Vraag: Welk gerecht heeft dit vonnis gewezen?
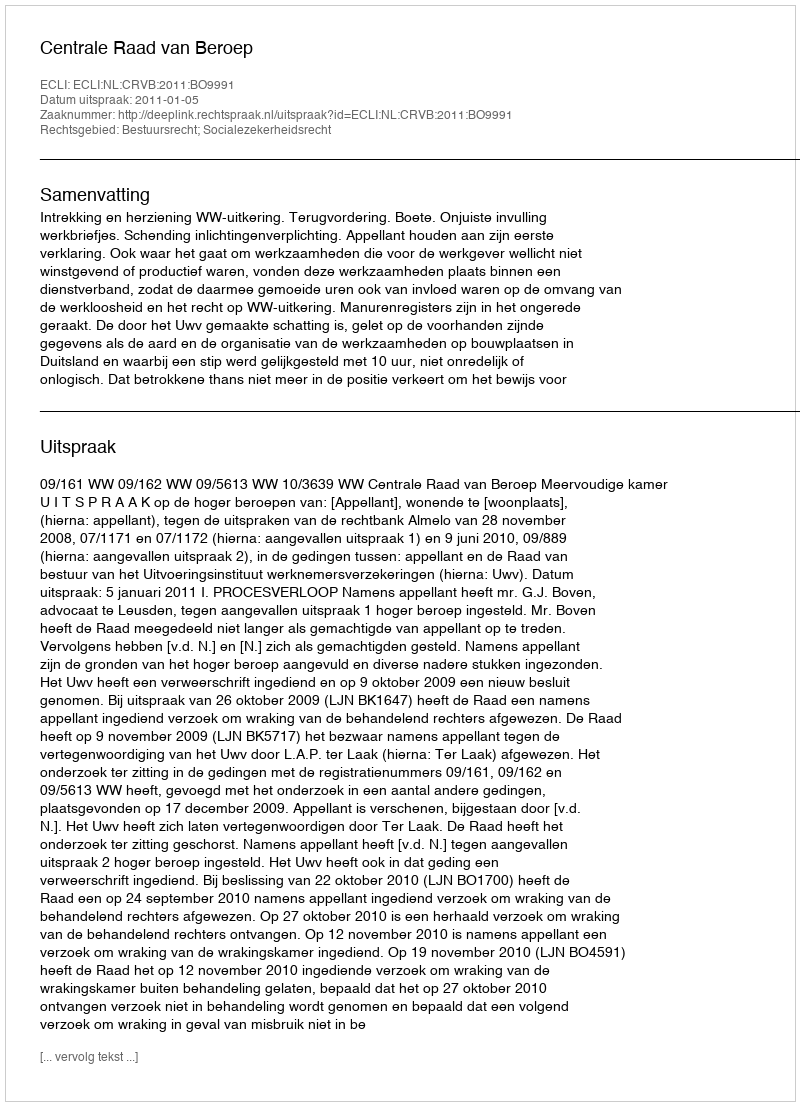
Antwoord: Centrale Raad van Beroep